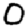
Digit: 0